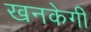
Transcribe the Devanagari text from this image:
खनकेगी